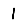
Digit: 1